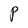
Character: P